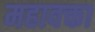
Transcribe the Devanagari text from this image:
महावक्ता